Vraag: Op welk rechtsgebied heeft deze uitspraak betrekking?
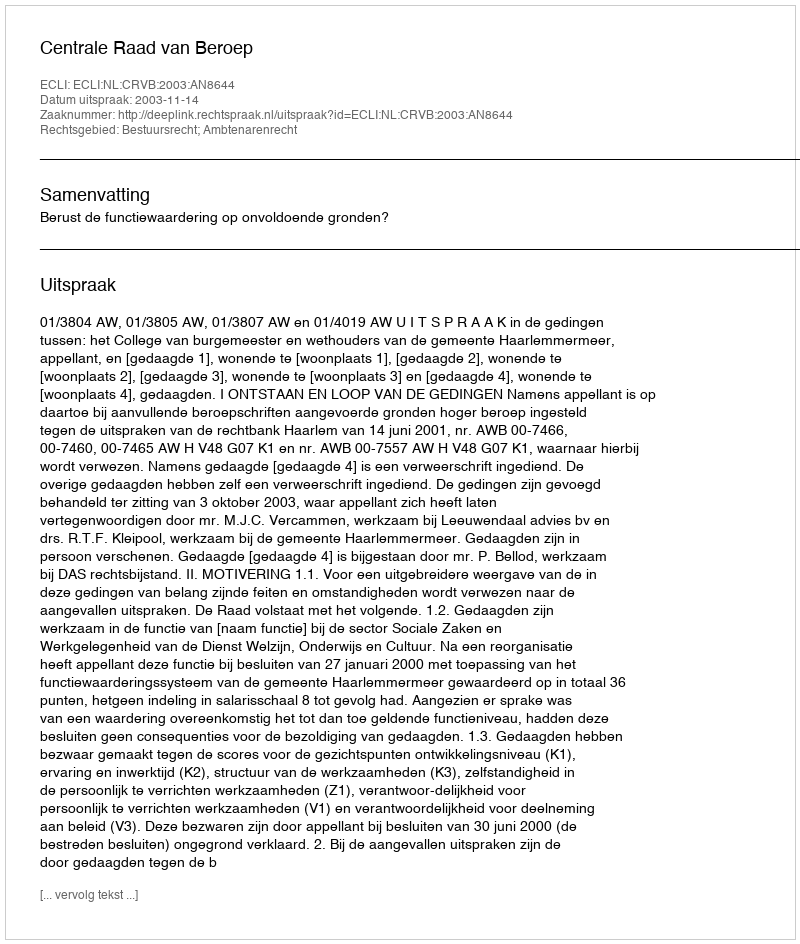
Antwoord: Bestuursrecht; Ambtenarenrecht